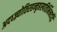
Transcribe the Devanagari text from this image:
अदध्ज्र्योतिरहन्वृहस्पतिर्भिनदद्रिं